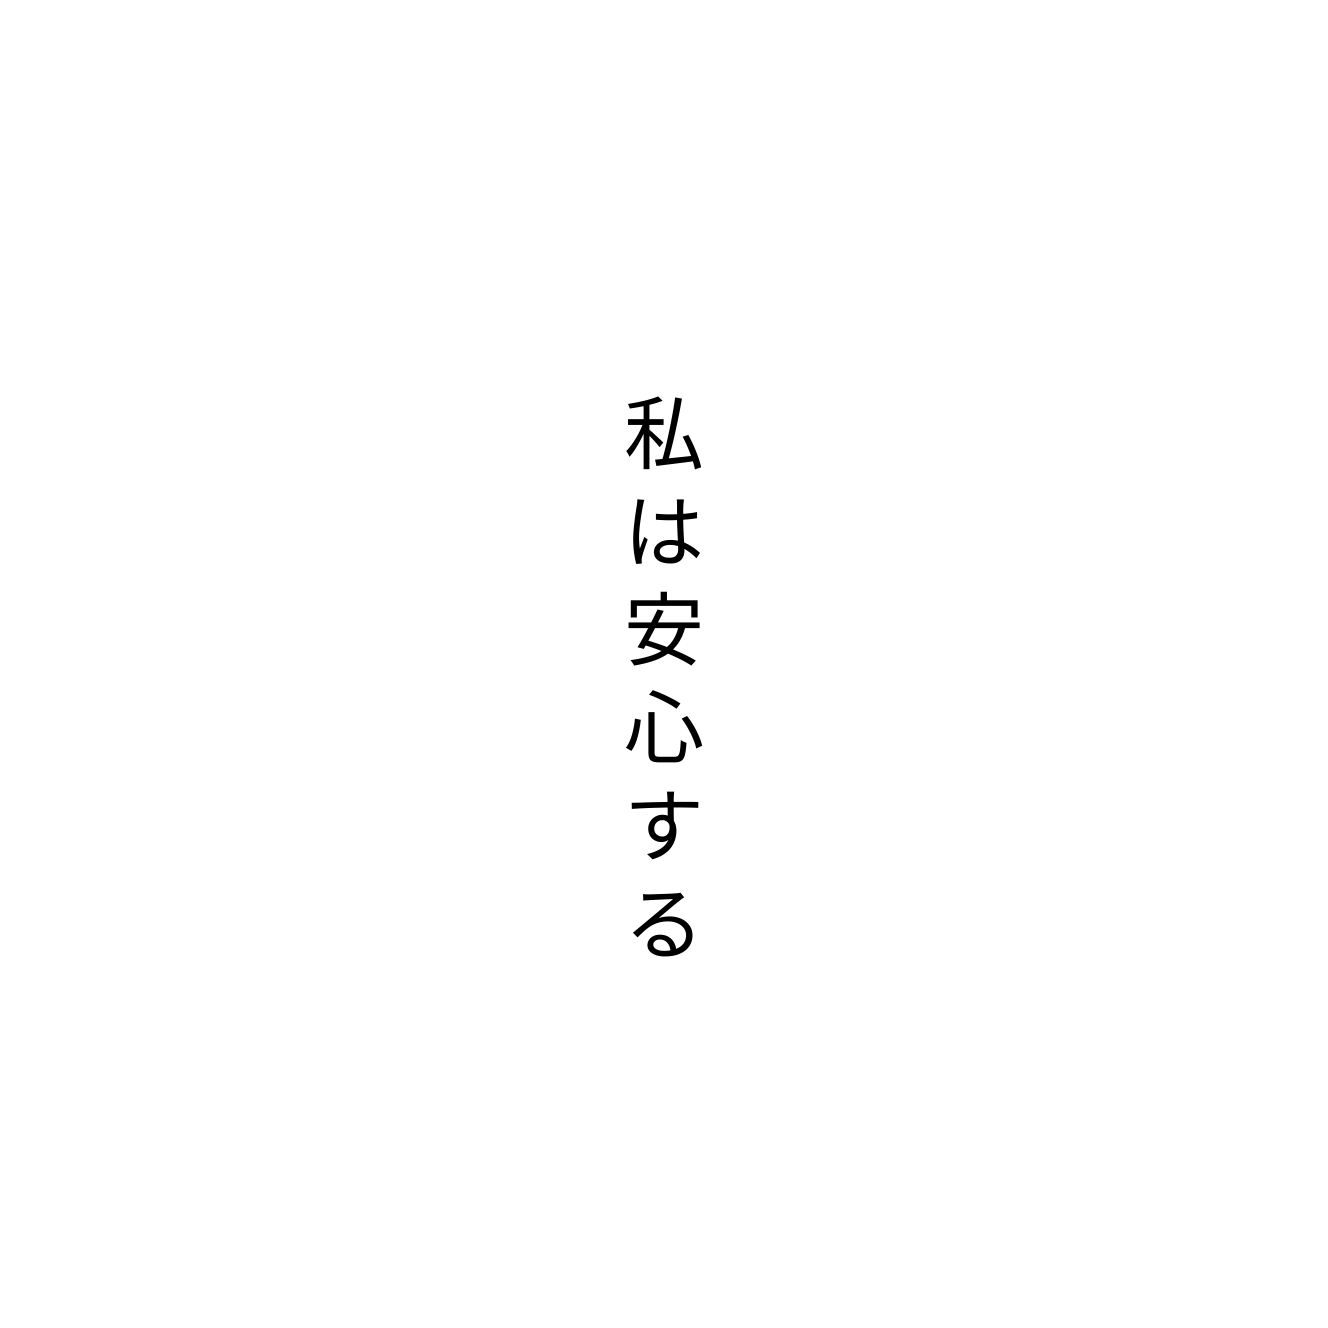
私は安心する